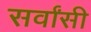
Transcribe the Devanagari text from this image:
सर्वांसी